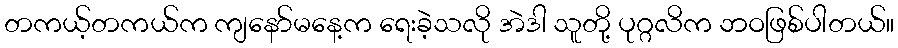
တကယ့်တကယ်က ကျနော်မနေ့က ရေးခဲ့သလို အဲဒါ သူတို့ ပုဂ္ဂလိက ဘဝဖြစ်ပါတယ်။